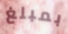
بمبلغ